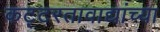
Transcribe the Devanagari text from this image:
कट्टरतावाद्यांच्या